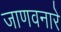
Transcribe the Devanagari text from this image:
जाणवनारे